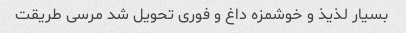
بسیار لذیذ و خوشمزه داغ و فوری تحویل شد مرسی طریقت